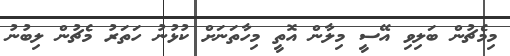
މިމެޗުން ބަލިވި އޭސީ މިލާން އޮތީ މިހާތަނަށް ކުޅުނު ހަތަރު މެޗުން ލިބުނު